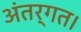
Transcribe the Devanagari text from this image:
अंतर्गत।